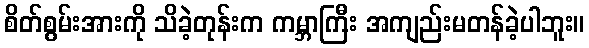
စိတ်စွမ်းအားကို သိခဲ့တုန်းက ကမ္ဘာကြီး အကျည်းမတန်ခဲ့ပါဘူး။